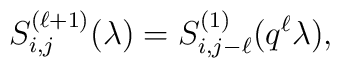
S^{(\ell+1)}_{i,j}(\lambda)=S^{(1)}_{i,j-\ell}(q^{\ell} \lambda),